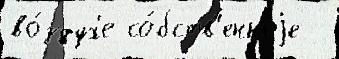
во́здух'е со́бств'енноjе